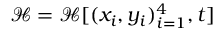
\mathcal { H } = \mathcal { H } [ ( x _ { i } , y _ { i } ) _ { i = 1 } ^ { 4 } , t ]